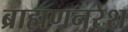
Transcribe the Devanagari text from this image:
ब्राह्मणनरेश